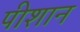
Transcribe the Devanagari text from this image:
पीशान